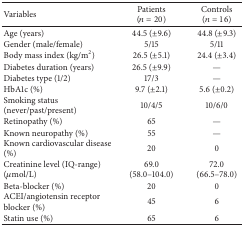
| Variables | Patients (n = 20) | Controls (n = 16) |
 | --- | --- | --- |
 | Age (years) | 44.5 (±9.6) | 44.8 (±9.3) |
 | Gender (male/female) | 5/15 | 5/11 |
 | Body mass index (kg/m2) | 26.5 (±5.1) | 24.4 (±3.4) |
 | Diabetes duration (years) | 26.5 (±9.9) | — |
 | Diabetes type (1/2) | 17/3 | — |
 | HbA1c (%) | 9.7 (±2.1) | 5.6 (±0.2) |
 | Smoking status (never/past/present) | 10/4/5 | 10/6/0 |
 | Retinopathy (%) | 65 | — |
 | Known neuropathy (%) | 55 | — |
 | Known cardiovascular disease (%) | 20 | 0 |
 | Creatinine level (IQ-range) (μmol/L) | 69.0 (58.0–104.0) | 72.0 (66.5–78.0) |
 | Beta-blocker (%) | 20 | 0 |
 | ACEI/angiotensin receptor blocker (%) | 45 | 6 |
 | Statin use (%) | 65 | 6 |